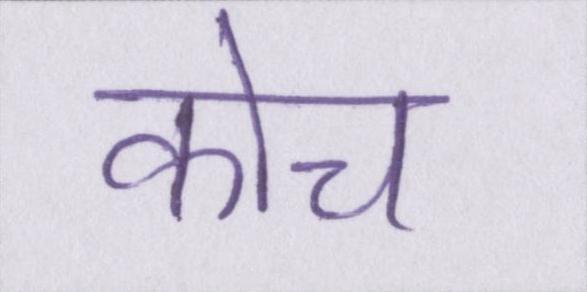
कोच